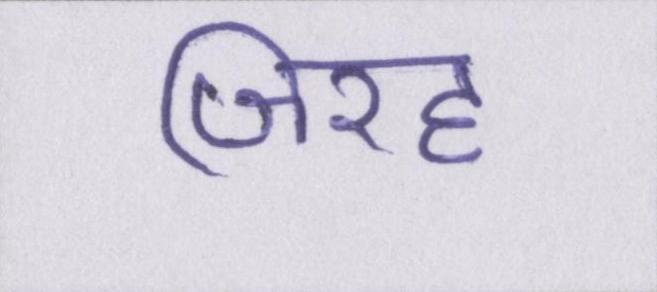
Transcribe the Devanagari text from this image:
जिरह